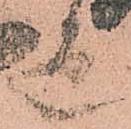
迄